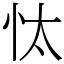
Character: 忲